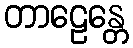
တာဠေန္တေ